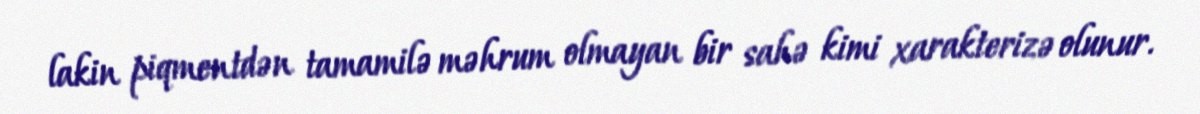
lakin piqmentdən tamamilə məhrum olmayan bir sahə kimi xarakterizə olunur.